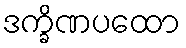
ဒက္ခိဏပထော